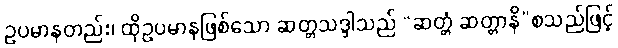
ဥပမာနတည်း၊ ထိုဥပမာနဖြစ်သော ဆတ္တသဒ္ဒါသည် “ဆတ္တံ ဆတ္တာနိ”စသည်ဖြင့်